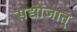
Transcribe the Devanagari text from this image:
सद्योजात्